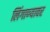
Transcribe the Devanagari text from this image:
लिंगाण्यावर